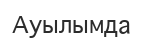
Ауылымда